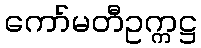
ကော်မတီဥက္ကဋ္ဌ